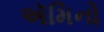
ઍમિનો